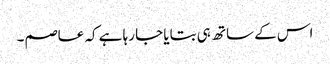
اس کے ساتھ ہی بتایا جا رہا ہے کہ عاصم۔